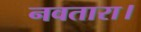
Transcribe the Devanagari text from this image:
नवतारा।